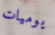
يوميات